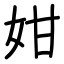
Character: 姏